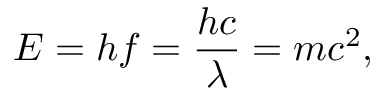
E = h f = { \frac { h c } { \lambda } } = m c ^ { 2 } ,